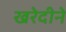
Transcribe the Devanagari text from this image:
खरेदीने